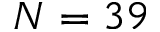
N = 3 9